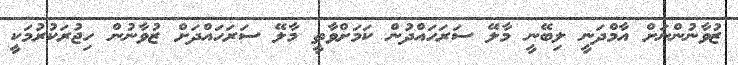
ޒުވާނުންނަށް އާމްދަނީ ލިބޭނީ މާލޭ ސަރަހައްދުން ކަމަށްވާތީ މާލޭ ސަރަހައްދަށް ޒުވާނުން ހިޖުރަކުރުމަކީ